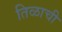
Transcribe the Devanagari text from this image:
तिळाची